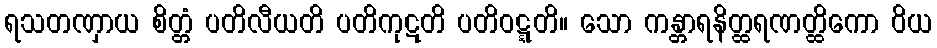
ရသတဏှာယ စိတ္တံ ပတိလီယတိ ပတိကုဋတိ ပတိဝဋ္ဋတိ။ သော ကန္တာရနိတ္ထရဏတ္ထိကော ဝိယ